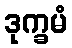
ဒုက္ခမံ